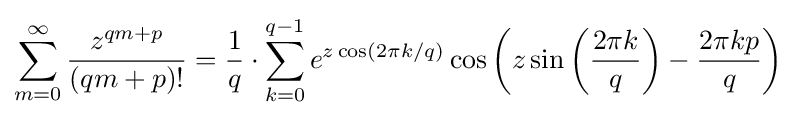
\sum _{m=0}^{\infty }{z^{qm+p} \over (qm+p)!}={\frac {1}{q}}\cdot \sum _{k=0}^{q-1}e^{z\cos(2\pi k/q)}\cos {\left(z\sin {\left({\frac {2\pi k}{q}}\right)}-{\frac {2\pi kp}{q}}\right)}